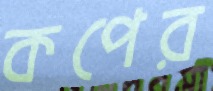
কপের